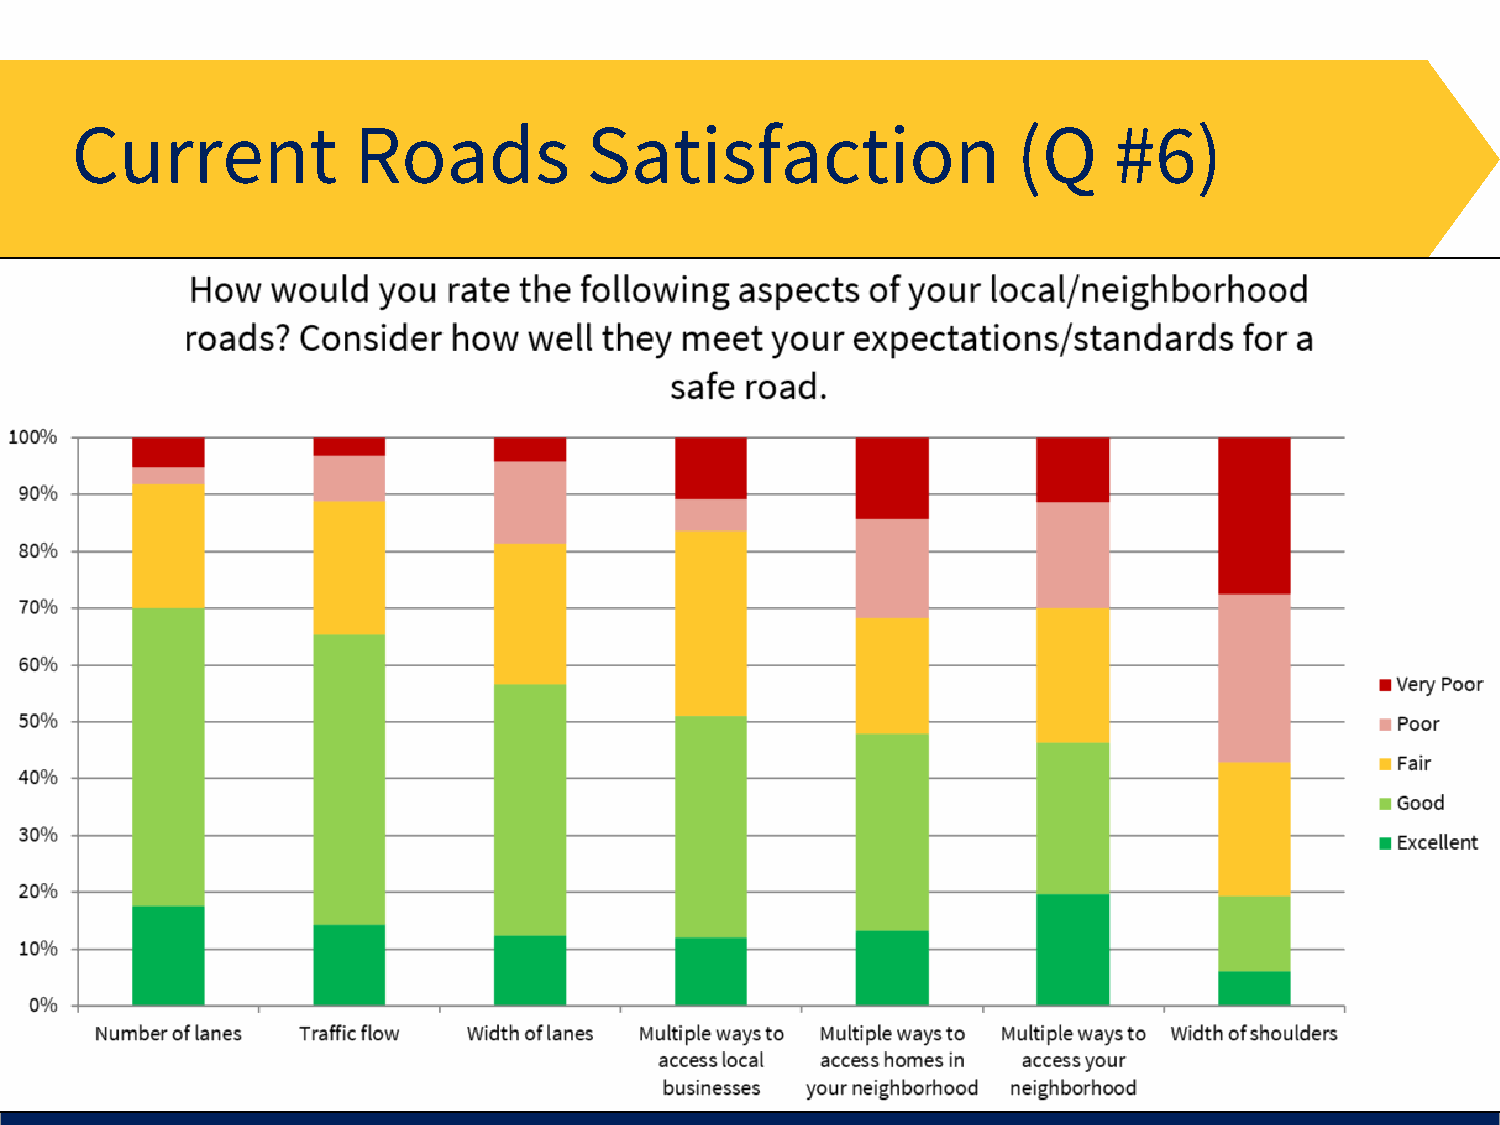
Current           Roads           Satisfaction                (Q     #6)
 27